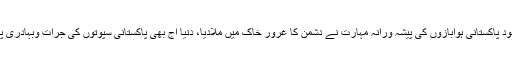
اس کے باوجود پاکستانی ہوابازوں کی پیشہ ورانہ مہارت نے دشمن کا غرور خاک میں ملادیا، دنیا آج بھی پاکستانی سپوتوں کی جرأت وبہادری پر حیران ہے۔